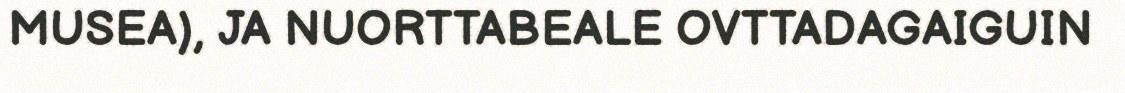
MUSEA), JA NUORTTABEALE OVTTADAGAIGUIN